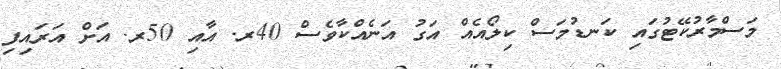
މަސްމާރުކޭޓުގައި ކަނޑުމަސް ކިލޯއެއް އަގު އަނެއްކާވެސް 40ރ. އާއި 50ރ. އަށް އަރައިފި